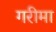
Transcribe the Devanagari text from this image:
गरीमा